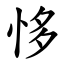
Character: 恀